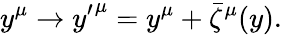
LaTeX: y^{\mu}\to{y^{\prime}}^{\mu}=y^{\mu}+\bar{\zeta}^{\mu}(y).